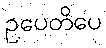
ဥပေတိပေ